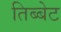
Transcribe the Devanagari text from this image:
तिब्बेट